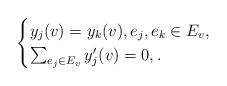
LaTeX: \begin{align*} \begin{cases} y_j(v) = y_k(v), e_j, e_k \in E_v , \\ \sum_{e_j \in E_v} y'_j(v) = 0, . \end{cases}\end{align*}